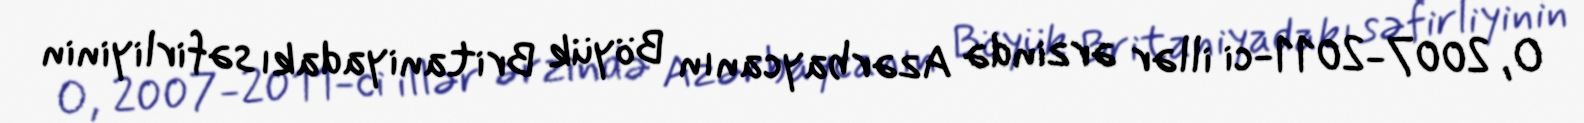
O, 2007-2011-ci illər ərzində Azərbaycanın Böyük Britaniyadakı səfirliyinin